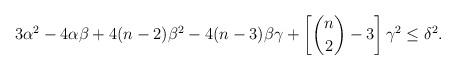
LaTeX: \begin{align*} 3\alpha^2 - 4\alpha\beta + 4(n-2)\beta^2 -4(n-3)\beta\gamma + \left[\binom{n}{2}-3\right] \gamma^2 \le \delta^2.\end{align*}